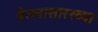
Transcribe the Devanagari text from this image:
बेसनासारख्या